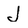
Character: J